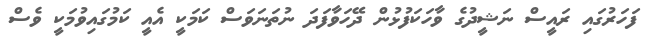
ފަހަރުގައި ރައީސް ނަޝީދުގެ ވާހަކަފުޅުން ދޭހަވާފަދަ ނުތަނަވަސް ކަމަކީ އެއީ ކަމުގައިވުމަކީ ވެސް